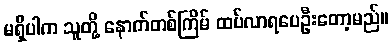
မရှိပါက သူတို့ နောက်တစ်ကြိမ် ထပ်လာရပေဦးတော့မည်။